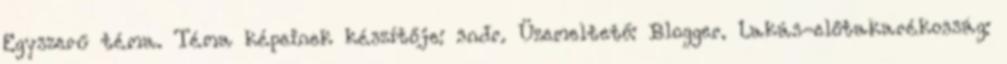
Egyszerű téma. Téma képeinek készítője: sndr. Üzemeltető: Blogger. Lakás-előtakarékosság: